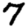
Digit: 7